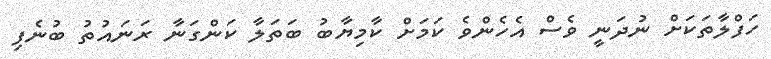
ހަފްލާތަކަށް ނުދަނީ ވެސް އެހެންވެ ކަމަށް ކާމިޔާބު ބަތަލާ ކަންގަނާ ރަނައުތު ބުނެފި